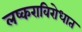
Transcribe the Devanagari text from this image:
लष्कराविरोधात